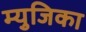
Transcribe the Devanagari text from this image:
म्युजिका